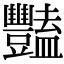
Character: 豔